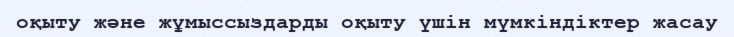
оқыту және жұмыссыздарды оқыту үшін мүмкіндіктер жасау